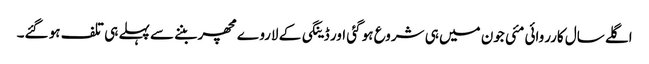
اگلے سال کارروائی مئی جون میں ہی شروع ہو گئی اور ڈینگی کے لاروے مچھر بننے سے پہلے ہی تلف ہو گئے۔